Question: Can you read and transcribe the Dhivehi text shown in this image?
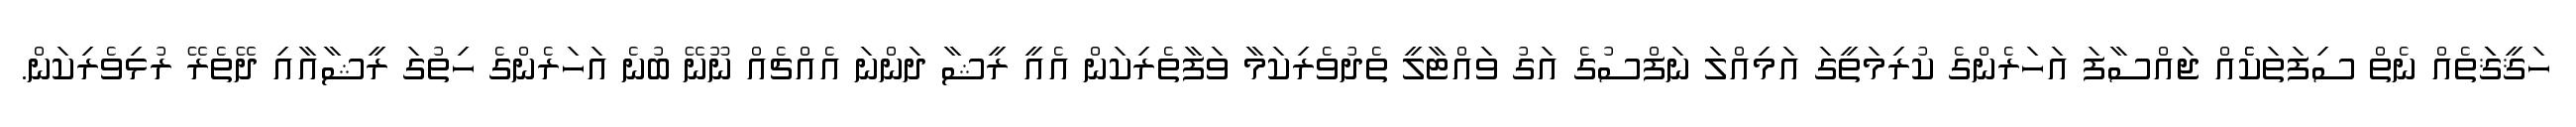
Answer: ހަޤީޤަަތެއް ނެތް ސިފަތަކެެއް ޖައްސާފަ އަހަރެންގެ ކުރިމަތީގަ އަމިއްލަ ނަފްސުގެ އަގު ވައްޓާލީ ތެދުވެރިކަމާ ވަފާތެރިކަން އެއީ ރީޝާ ދަންނަ އެއްޗެއް ނޫނޭ ބުނެ އަހަރެންގެ ހިތުގަ ރީޝާއާއި ދޭތެރޭ ރުޅިވެރިކަން.